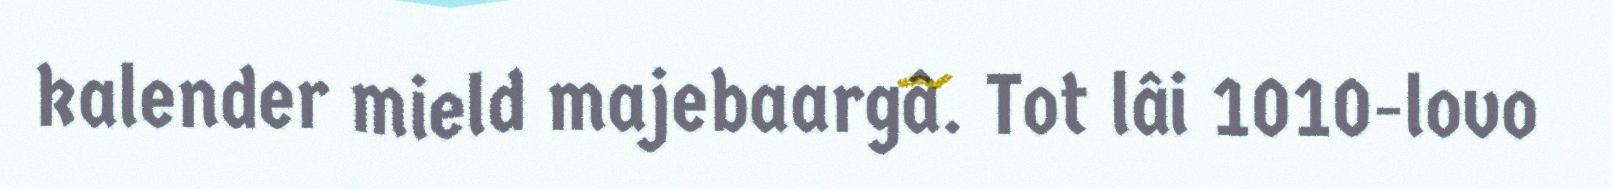
kalender mield majebaargâ. Tot lâi 1010-lovo